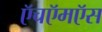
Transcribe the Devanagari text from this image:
ऍचऍमऍस